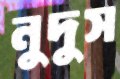
নুদুস